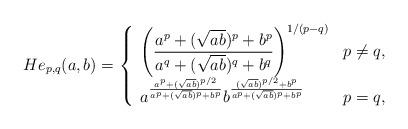
LaTeX: \begin{align*}He_{p,q}(a,b)=\left\{ \begin{array}{ll}\left( {\dfrac{a^{p}+(\sqrt{ab})^{p}+b^{p}}{a^{q}+(\sqrt{ab})^{q}+b^{q}}}\right) ^{1/(p-q)} & p\neq q, \\ a^{\frac{a^{p}+(\sqrt{ab})^{p/2}}{a^{p}+(\sqrt{ab})^{p}+b^{p}}}b^{\frac{(\sqrt{ab})^{p/2}+b^{p}}{a^{p}+(\sqrt{ab})^{p}+b^{p}}} & {p=q,}\end{array}\right. \end{align*}